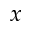
x